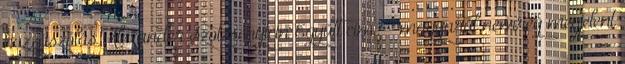
hozzászólás Alexander Szolzsenyicin Együtt cím? – magyarul nemrég megjelent